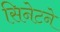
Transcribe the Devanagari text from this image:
सिनेटने